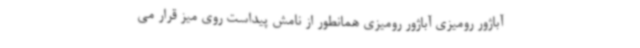
آباژور رومیزی آباژور رومیزی همانطور از نامش پیداست روی میز قرار می